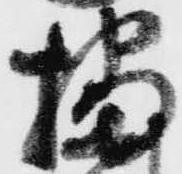
播